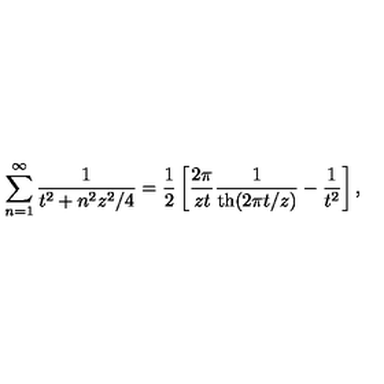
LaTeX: \sum _ { n = 1 } ^ { \infty } \frac { 1 } { t ^ { 2 } + n ^ { 2 } z ^ { 2 } / 4 } = \frac 1 2 \left[ \frac { 2 \pi } { z t } \frac { 1 } { \mathrm { t h } ( 2 \pi t / z ) } - \frac { 1 } { t ^ { 2 } } \right] ,